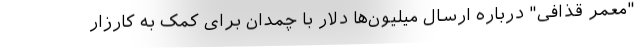
"معمر قذافی" درباره ارسال میلیون‌ها دلار با چمدان برای کمک به کارزار